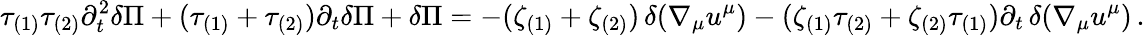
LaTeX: \tau_{(1)}\tau_{(2)}\partial_{t}^{2}\delta\Pi+(\tau_{(1)}+\tau_{(2)})\partial_{t}\delta\Pi+\delta\Pi=-(\zeta_{(1)}+\zeta_{(2)})\, \delta(\nabla_{\mu}u^{\mu})-(\zeta_{(1)}\tau_{(2)}+\zeta_{(2)}\tau_{(1)})\partial_{t}\, \delta(\nabla_{\mu}u^{\mu})\, .